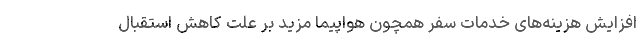
افزایش هزینه‌های خدمات سفر همچون هواپیما مزید بر علت کاهش استقبال